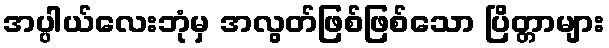
အပ္ပါယ်လေးဘုံမှ အလွတ်ဖြစ်ဖြစ်သော ပြိတ္တာများ